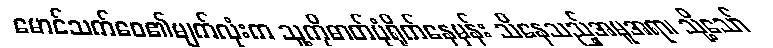
မောင်သက်ဝေ၏မျက်လုံးက သူ့ကိုဓာတ်ပုံရိုက်နေမှန်း သိနေသည့်အမူအရာ၊ သို့သော်